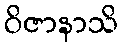
ဝိဇာနာသိ